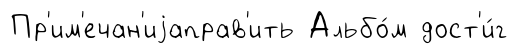
Пр'им'ечан'иjаправ'ить Альбо́м дост'и́г